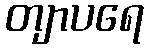
တျာပရေ